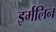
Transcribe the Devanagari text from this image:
इर्मलिन